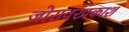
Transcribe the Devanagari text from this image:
जोरावरप्रकाश